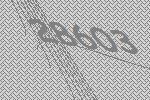
28603